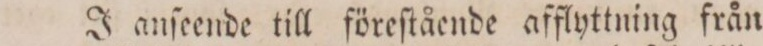
J anſeende till föreſtående afflyttning från